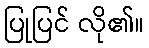
ပြုပြင် လို၏။